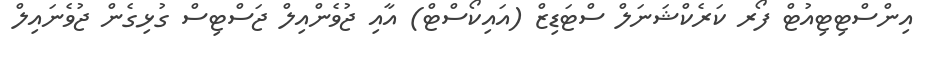
އިންސްޓިޓިއުޓް ފޯރ ކަރެކްޝަނަލް ސްޓަޑިޒް (އައިކޯސްޓް) އާއި ޖުވެންއިލް ޖަސްޓިސް ގުޅިގެން ޖުވެނައިލް